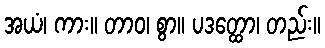
အယံ၊ ကား။ တာဝ၊ စွာ။ ပဒတ္ထော၊ တည်း။